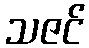
သဇင်